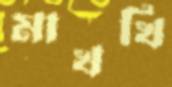
মাখখি